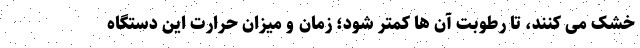
خشک می کنند، تا رطوبت آن ها کمتر شود؛ زمان و میزان حرارت این دستگاه‌